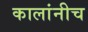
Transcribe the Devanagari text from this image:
कालांनीच